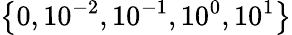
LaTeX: \left\{ 0,10^{-2},10^{-1},10^{0},10^{1}\right\}